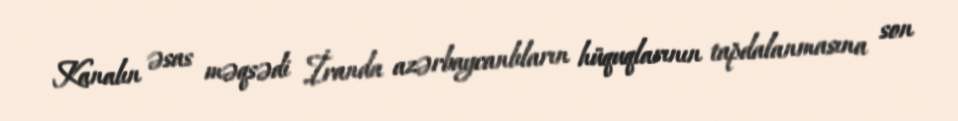
Kanalın əsas məqsədi İranda azərbaycanlıların hüquqlarının tapdalanmasına son